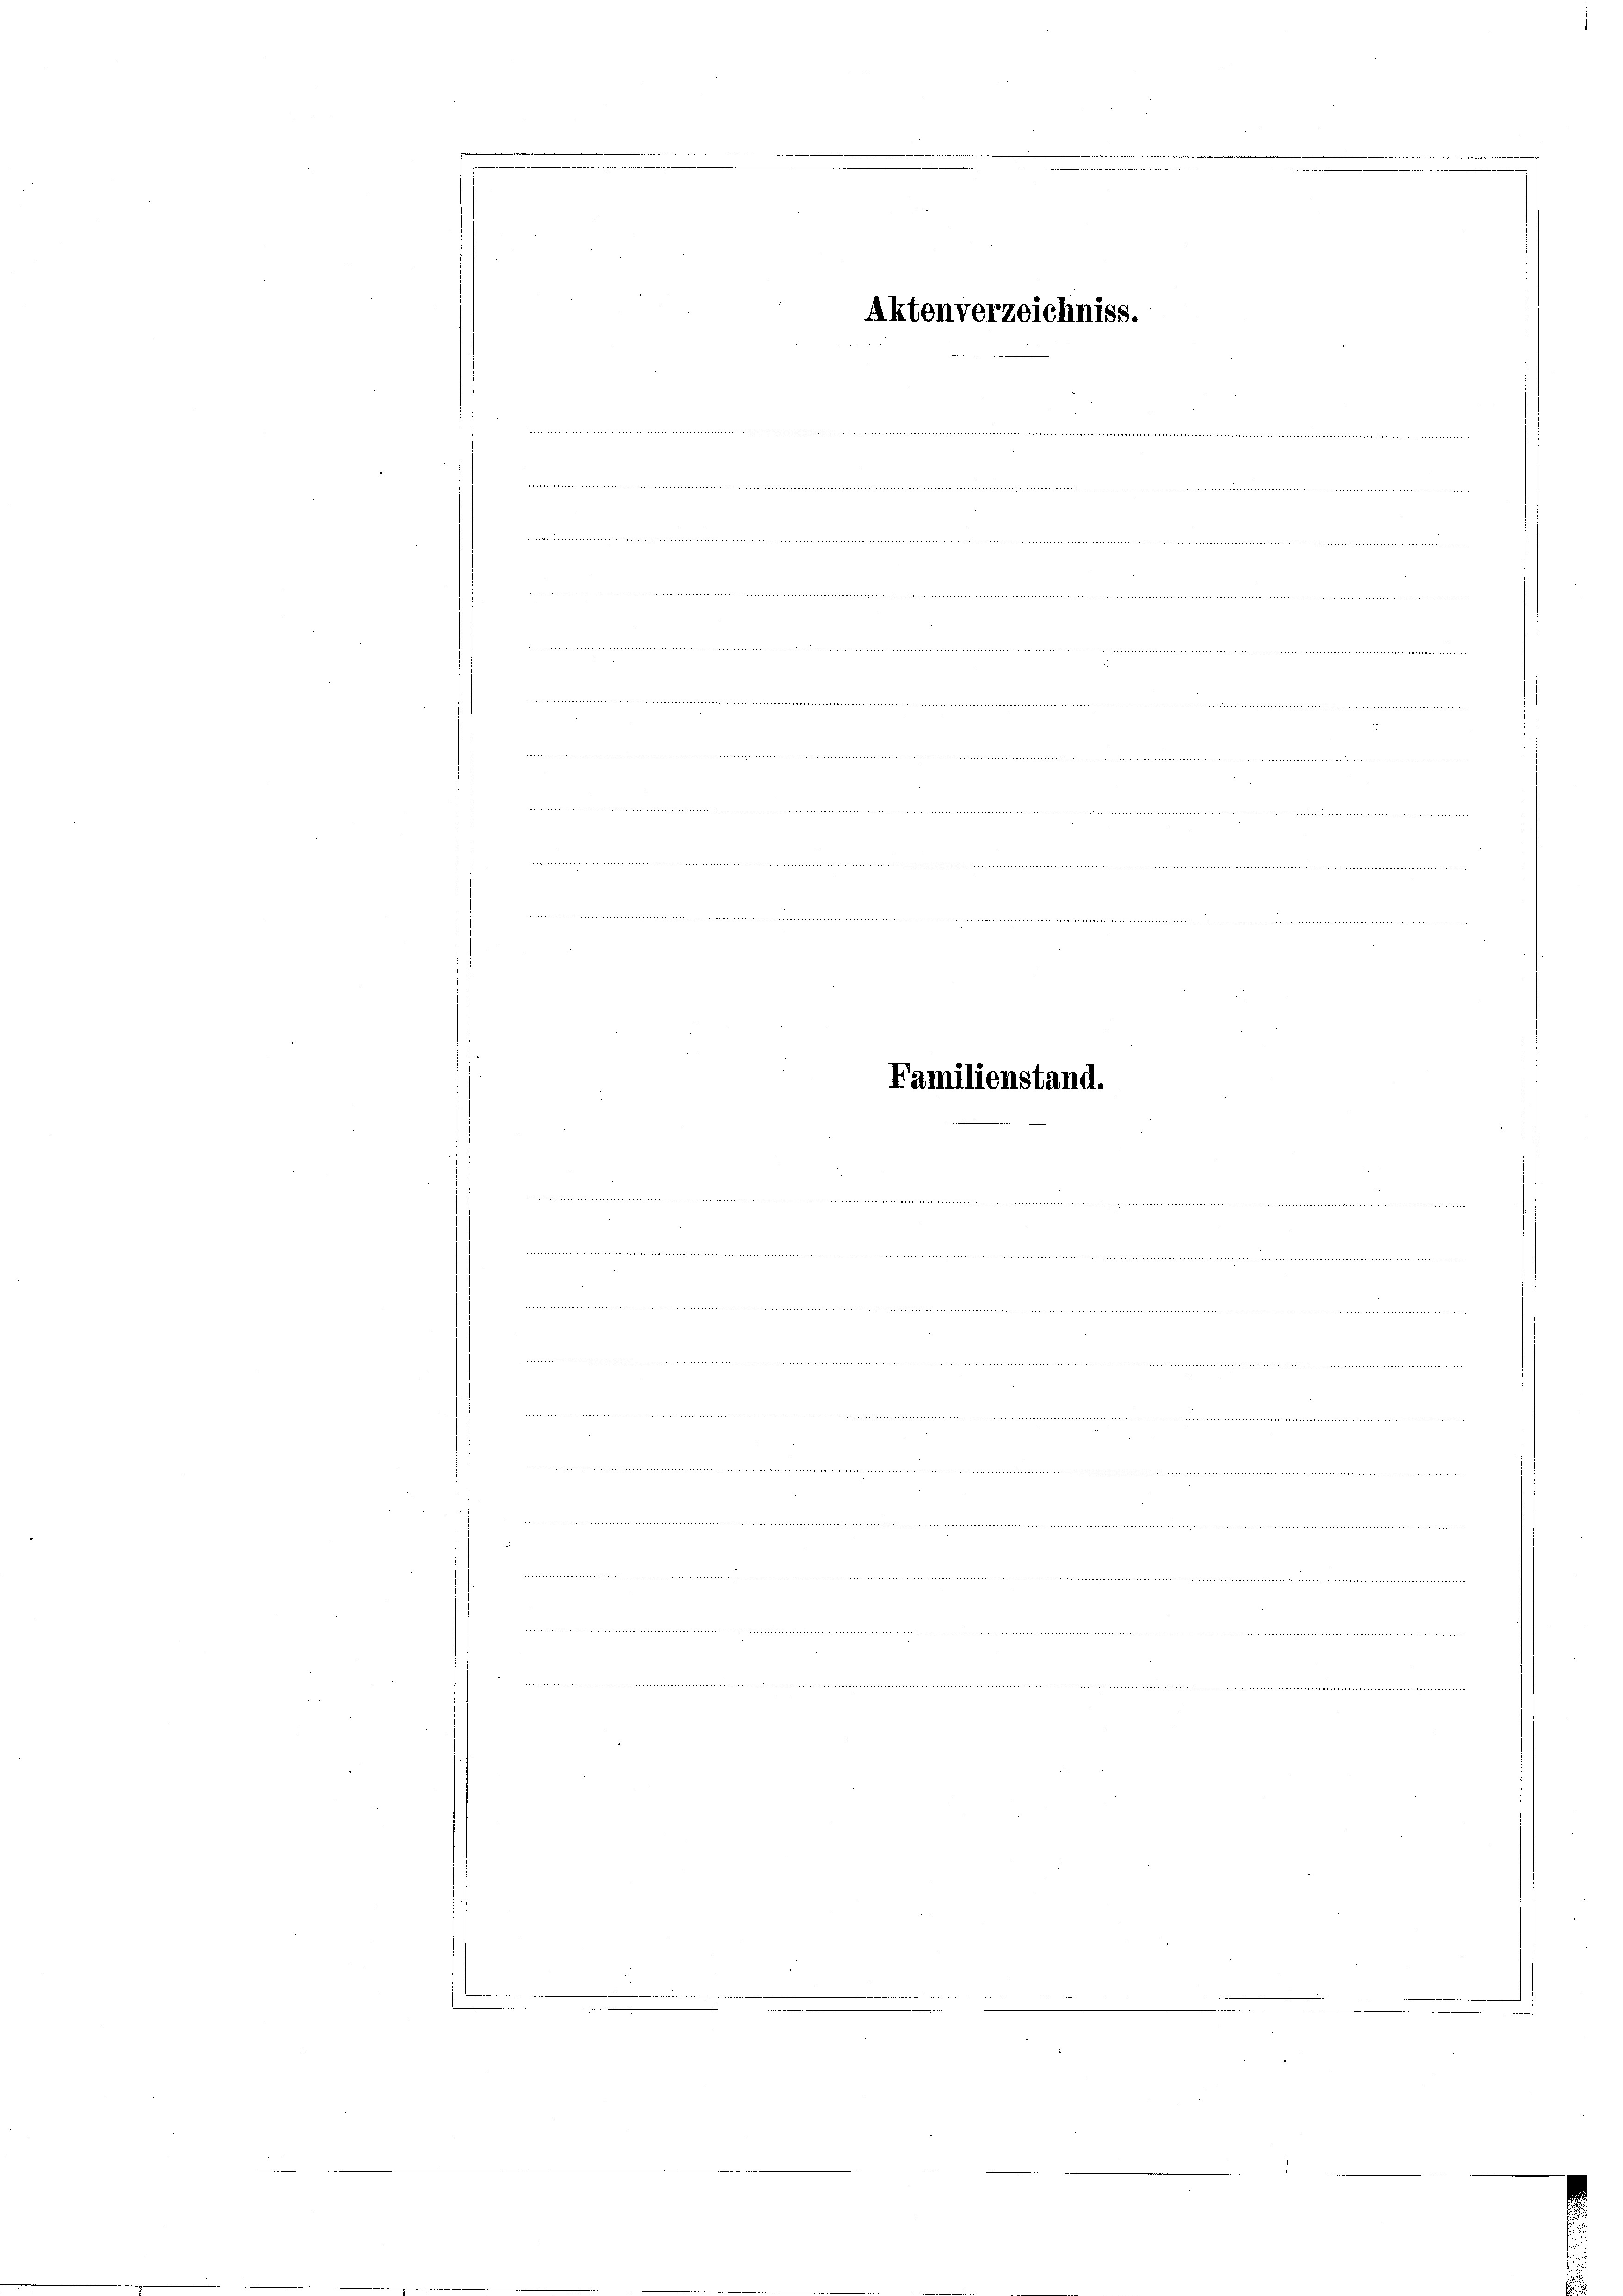
n
 die er in der der Beurter war, wieder

Eitel an der Stelle in delle delibet entritter die
wiesen

Aktenverzeichniss.

Familienstand.

g
r
e
d                    20 40 xx hat er betreit
die wird

.
dnn in der und der tritt in |
.........
Derseit der Peter der Mutter der den wir i
n

de der die wideren er in die er andere Art. 453. 94. |
 terren der werden weder Gelat
S